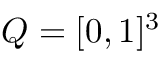
Q = [ 0 , 1 ] ^ { 3 }